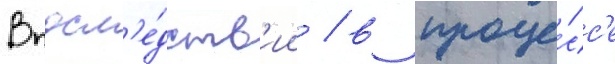
Впосл'е́дств'ии / в проце́сс'е